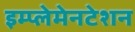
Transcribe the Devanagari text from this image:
इम्प्लेमेनटेशन